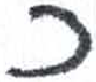
אות: כ